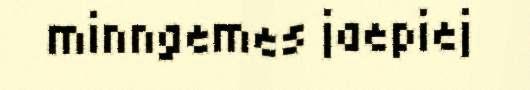
minngemes jaepiej